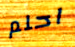
احلم